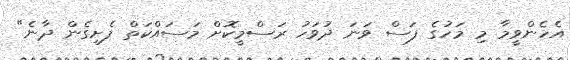
އެހެންވީމާ މި މަހުގެ ފަސް ވަނަ ދުވަހު ރަސްމީކޮށް މަސައްކަތް ފެށިގެން ދާނެ"